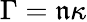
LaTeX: \Gamma=\mathfrak{n}\kappa